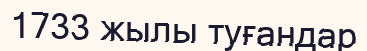
1733 жылы туғандар